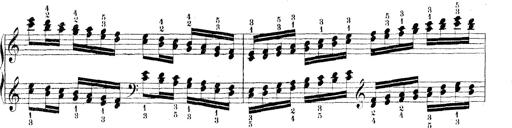
Title: Technische Studien
Composer: Franz Liszt